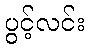
ပွင့်လင်း